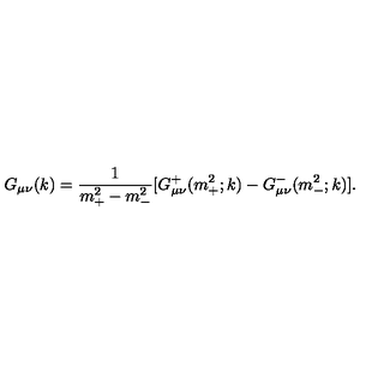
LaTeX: G _ { \mu \nu } ( k ) = { \frac { 1 } { m _ { + } ^ { 2 } - m _ { - } ^ { 2 } } } [ G _ { \mu \nu } ^ { + } ( m _ { + } ^ { 2 } ; k ) - G _ { \mu \nu } ^ { - } ( m _ { - } ^ { 2 } ; k ) ] .